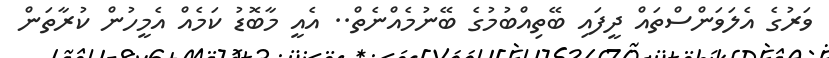
ވަރުގެ އެލަވަންސްތައް ދީފައި ބޭތިއްބުމުގެ ބޭނުމެއްނެތް.. އެއީ މާބޮޑު ކަމެއް އެމީހުން ކުރާތަން